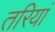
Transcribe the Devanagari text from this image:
तरियां